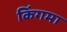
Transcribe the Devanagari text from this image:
किंगमा